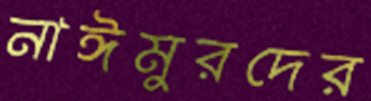
নাঈমুরদের